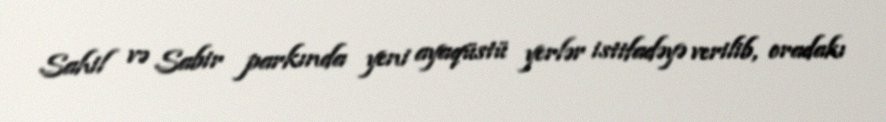
Sahil və Sabir parkında yeni ayaqüstü yerlər istifadəyə verilib, oradakı